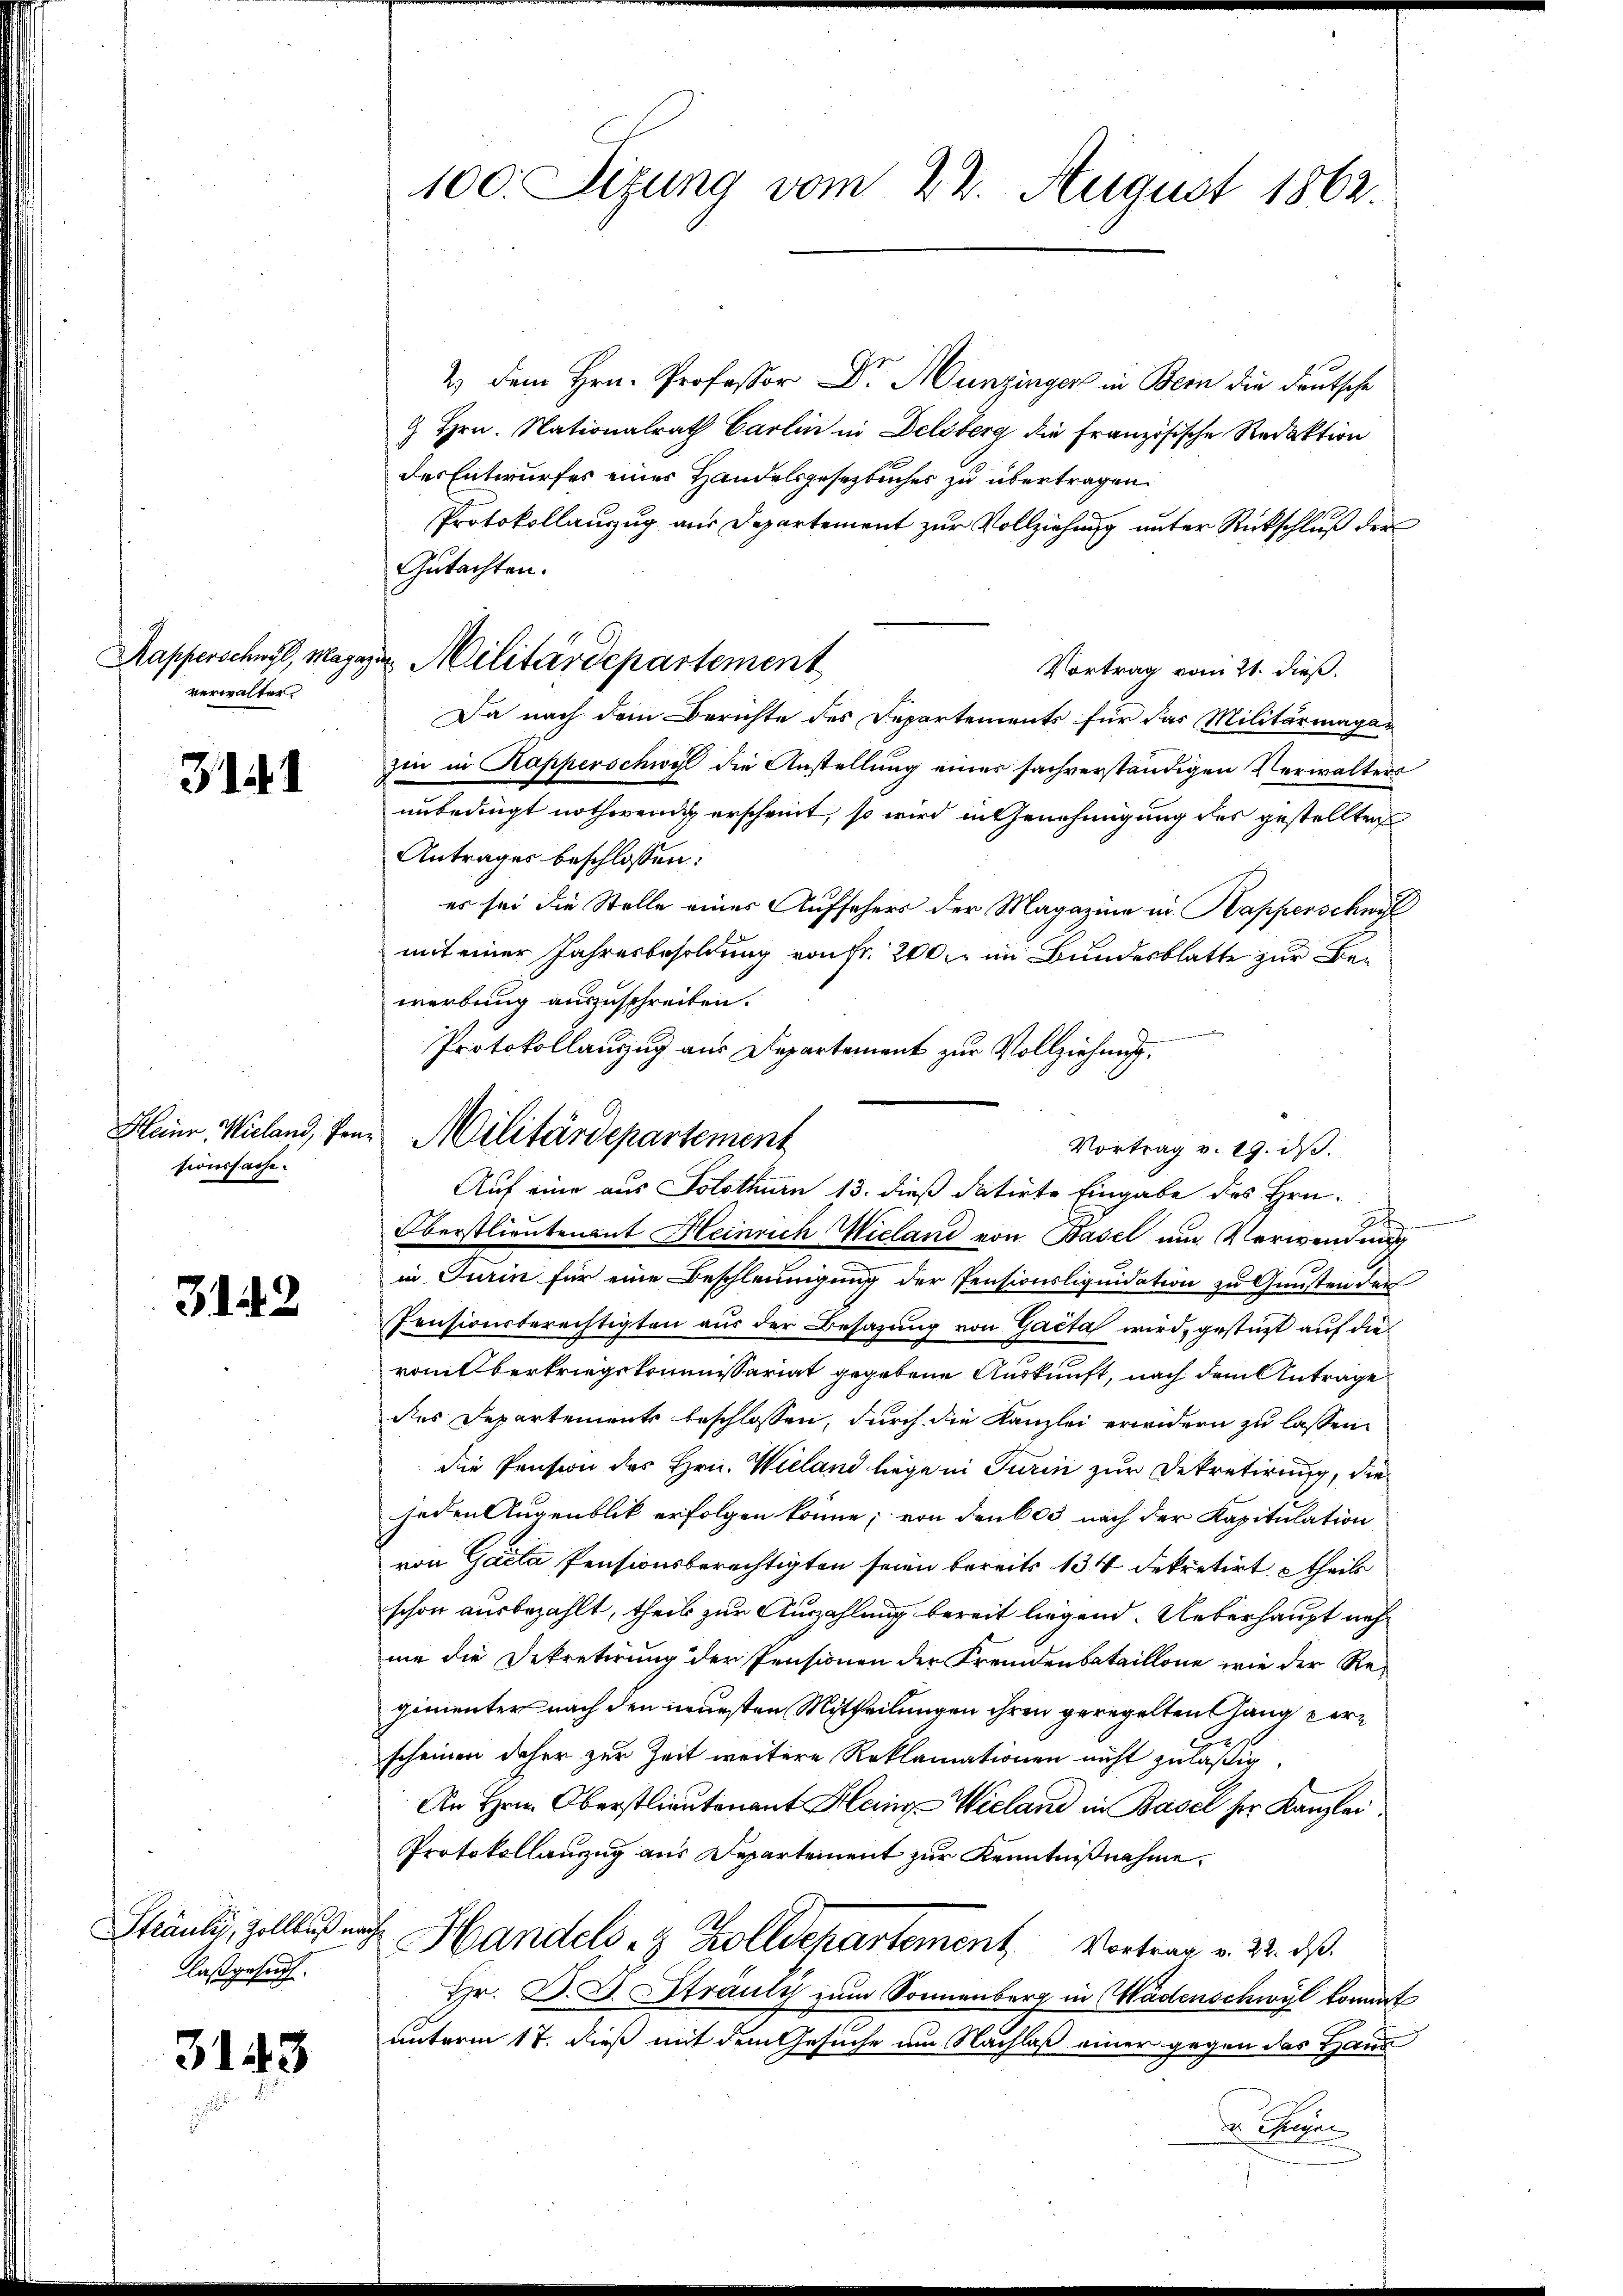
Kapperschwyl, Magaz
verwalter.

3141

Heinr. Wieland, Pansionssache.

3142

Sträuli, Zollkuß an
lasgesuch.

3143

100. Sitzung vom 22. August 1862.

2) dem Hrn. Professor Dr. Hunzinger in Bern die deutsche
9 Hrn. Nationalrath Carlin in Delsberg die französische Redaktion
des Entwurfes eines Handelsgesezbuches zu übertragen.
Protokollanzug aus Departement zur Vollziehung unter Rückschluß der
Gutachten.
Vortrag vom 21. dieß.
Da nach dem Berichte des Departements für das Militärmagazin in Kapperschwyl die Anstellung eines sachverständigen Verwalters
unbedingt nothwendig erscheint, so wird in Genehmigung des gestellten
Antrages beschlossen:
es sei die Stelle eines Aufsehers der Magazina in Kapperschwel
mit einer Jahresbesoldung von Fr. 200. im Bundesblatte zur Bewerbung auszuschreiben.
eendig
Protokollauszug aus Departement zur Vollziehung.
Auf eine aus Solothurn 13. dieß datirte Eingabe des Hrn.
e
t
Oberstlieutenant Heinrich Wieland von Basel und Verwendung
in Turin für eine Beschleunigung der Pensionsliquidation zu Gunsten der
Pensionsberechtigten aus der Besazung von Gacta wird, gestüzt auf dievom Oberkriegskommissariat gegebene Auskunft, nach dem Antrage
ds Departements beschlossen, durch die Kanzlei wirdern zu lassen
die Pension des Hrn. Wieland liege in Turin zur Dekretirung, die
jeden Augenblik erfolgen könne; von den 603 nach der Kapitulation
von Gacta, Pensionsberechtigten seien bereits 134 dekretirt, theils
schon ausbezahlt, theil zur Auszahlung bereit liegend. Ueberhaupt nehme die Dekretirung der Pensionen der Fremdenbataillone, wie der Regimenter nach den neuesten Mittheilungen ihren geregelten Gang perscheinen daher zur Zeit weitere Reklamationen nicht zuläßig
An Hrn. Oberstlieutenant Hein Wieland in Basel her Kanzlei
Protokollanzug aus Departement zur Kenntnißnahme,
Handels- & Zolldepartement. Vortrag v. 22. ds.
Hr. D. J. Strauly zum Sonnenberg in Wädenschwyl kommt
unterm 17. dieß mit dem Gesuche am Nachlaß einer gegen das Hand
 Treue

u Militärdepartement

Militärdepartement

Vortrag v. 19. d.